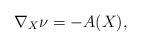
LaTeX: \begin{align*}\nabla_{X}\nu=-A(X),\end{align*}